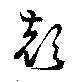
顔